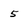
Character: 5